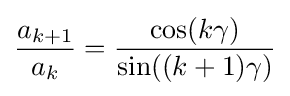
{\frac {a_{k+1}}{a_{k}}}={\frac {\cos(k\gamma )}{\sin((k+1)\gamma )}}